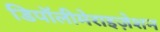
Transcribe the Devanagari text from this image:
डिपॉलीमेराइज़ेशन